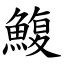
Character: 鰒